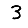
Digit: 3